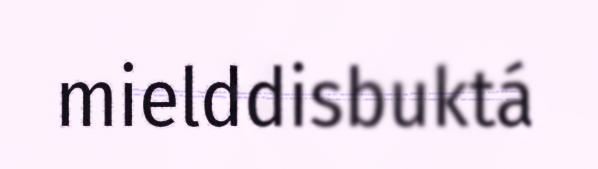
mielddisbuktá